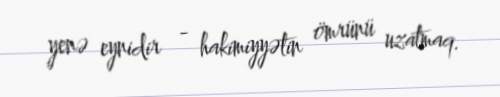
yenə eynidir - hakimiyyətin ömrünü uzatmaq.